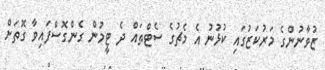
ޒުވާނުންގެ މަރުކަޒުގައި ކުޅުނު އެ މެޗުގެ ސެޓްތައް ދެ ޓީމުން ގެންގޮސްފައިވާ ގޮތަށް